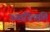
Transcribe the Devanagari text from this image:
ऊध्वर्स्तिष्ठति